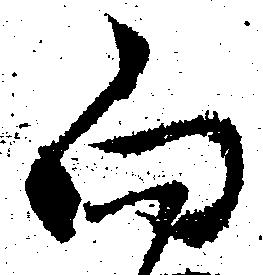
向